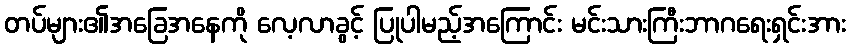
တပ်များ၏အခြေအနေကို လေ့လာခွင့် ပြုပါမည့်အကြောင်း မင်းသားကြီးဘာဂရေးရှင်းအား